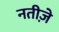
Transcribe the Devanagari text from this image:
नतीज़े